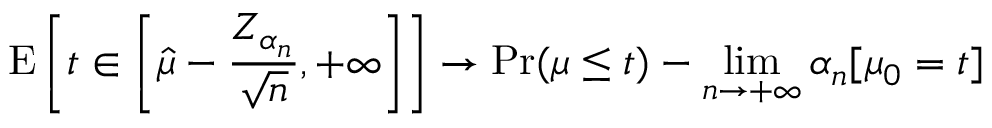
\operatorname { E } \left[ t \in \left[ { \hat { \mu } } - { \frac { Z _ { \alpha _ { n } } } { \sqrt { n } } } , + \infty \right] \right] \rightarrow \operatorname* { P r } ( \mu \leq t ) - \operatorname* { l i m } _ { n \rightarrow + \infty } \alpha _ { n } [ \mu _ { 0 } = t ]